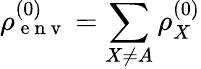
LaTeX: \rho_{\mathrm{~e~n~v~}}^{(0)}=\sum_{X\ne A}\rho_{X}^{(0)}